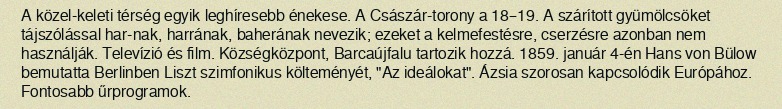
A közel-keleti térség egyik leghíresebb énekese. A Császár-torony a 18–19. A szárított gyümölcsöket tájszólással har-nak, harrának, baherának nevezik; ezeket a kelmefestésre, cserzésre azonban nem használják. Televízió és film. Községközpont, Barcaújfalu tartozik hozzá. 1859. január 4-én Hans von Bülow bemutatta Berlinben Liszt szimfonikus költeményét, "Az ideálokat". Ázsia szorosan kapcsolódik Európához. Fontosabb űrprogramok.